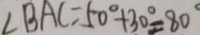
\angle B A C = 5 0 ^ { \circ } + 3 0 ^ { \circ } = 8 0 ^ { \circ }